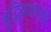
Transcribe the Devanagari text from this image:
बुद्धिबळामधे